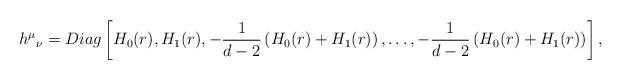
LaTeX: \begin{align*}{h^\mu}_\nu =Diag\left[H_0(r),H_1(r),-\frac{1}{d-2}\left(H_0(r)+H_1(r)\right),\ldots, -\frac{1}{d-2}\left(H_0(r)+H_1(r)\right)\right],\end{align*}